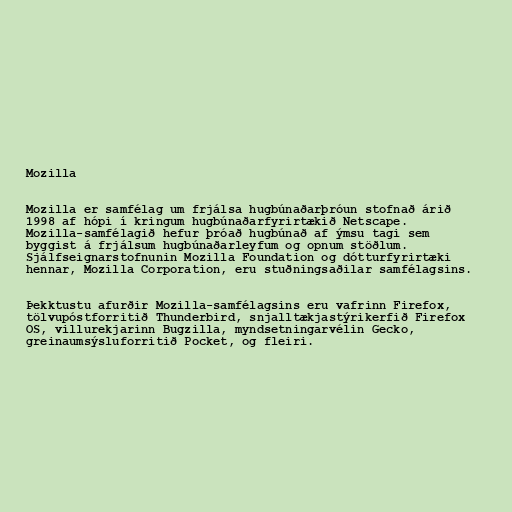
Mozilla

Mozilla er samfélag um frjálsa hugbúnaðarþróun stofnað árið
1998 af hópi í kringum hugbúnaðarfyrirtækið Netscape.
Mozilla-samfélagið hefur þróað hugbúnað af ýmsu tagi sem
byggist á frjálsum hugbúnaðarleyfum og opnum stöðlum.
Sjálfseignarstofnunin Mozilla Foundation og dótturfyrirtæki
hennar, Mozilla Corporation, eru stuðningsaðilar samfélagsins.

Þekktustu afurðir Mozilla-samfélagsins eru vafrinn Firefox,
tölvupóstforritið Thunderbird, snjalltækjastýrikerfið Firefox
OS, villurekjarinn Bugzilla, myndsetningarvélin Gecko,
greinaumsýsluforritið Pocket, og fleiri.